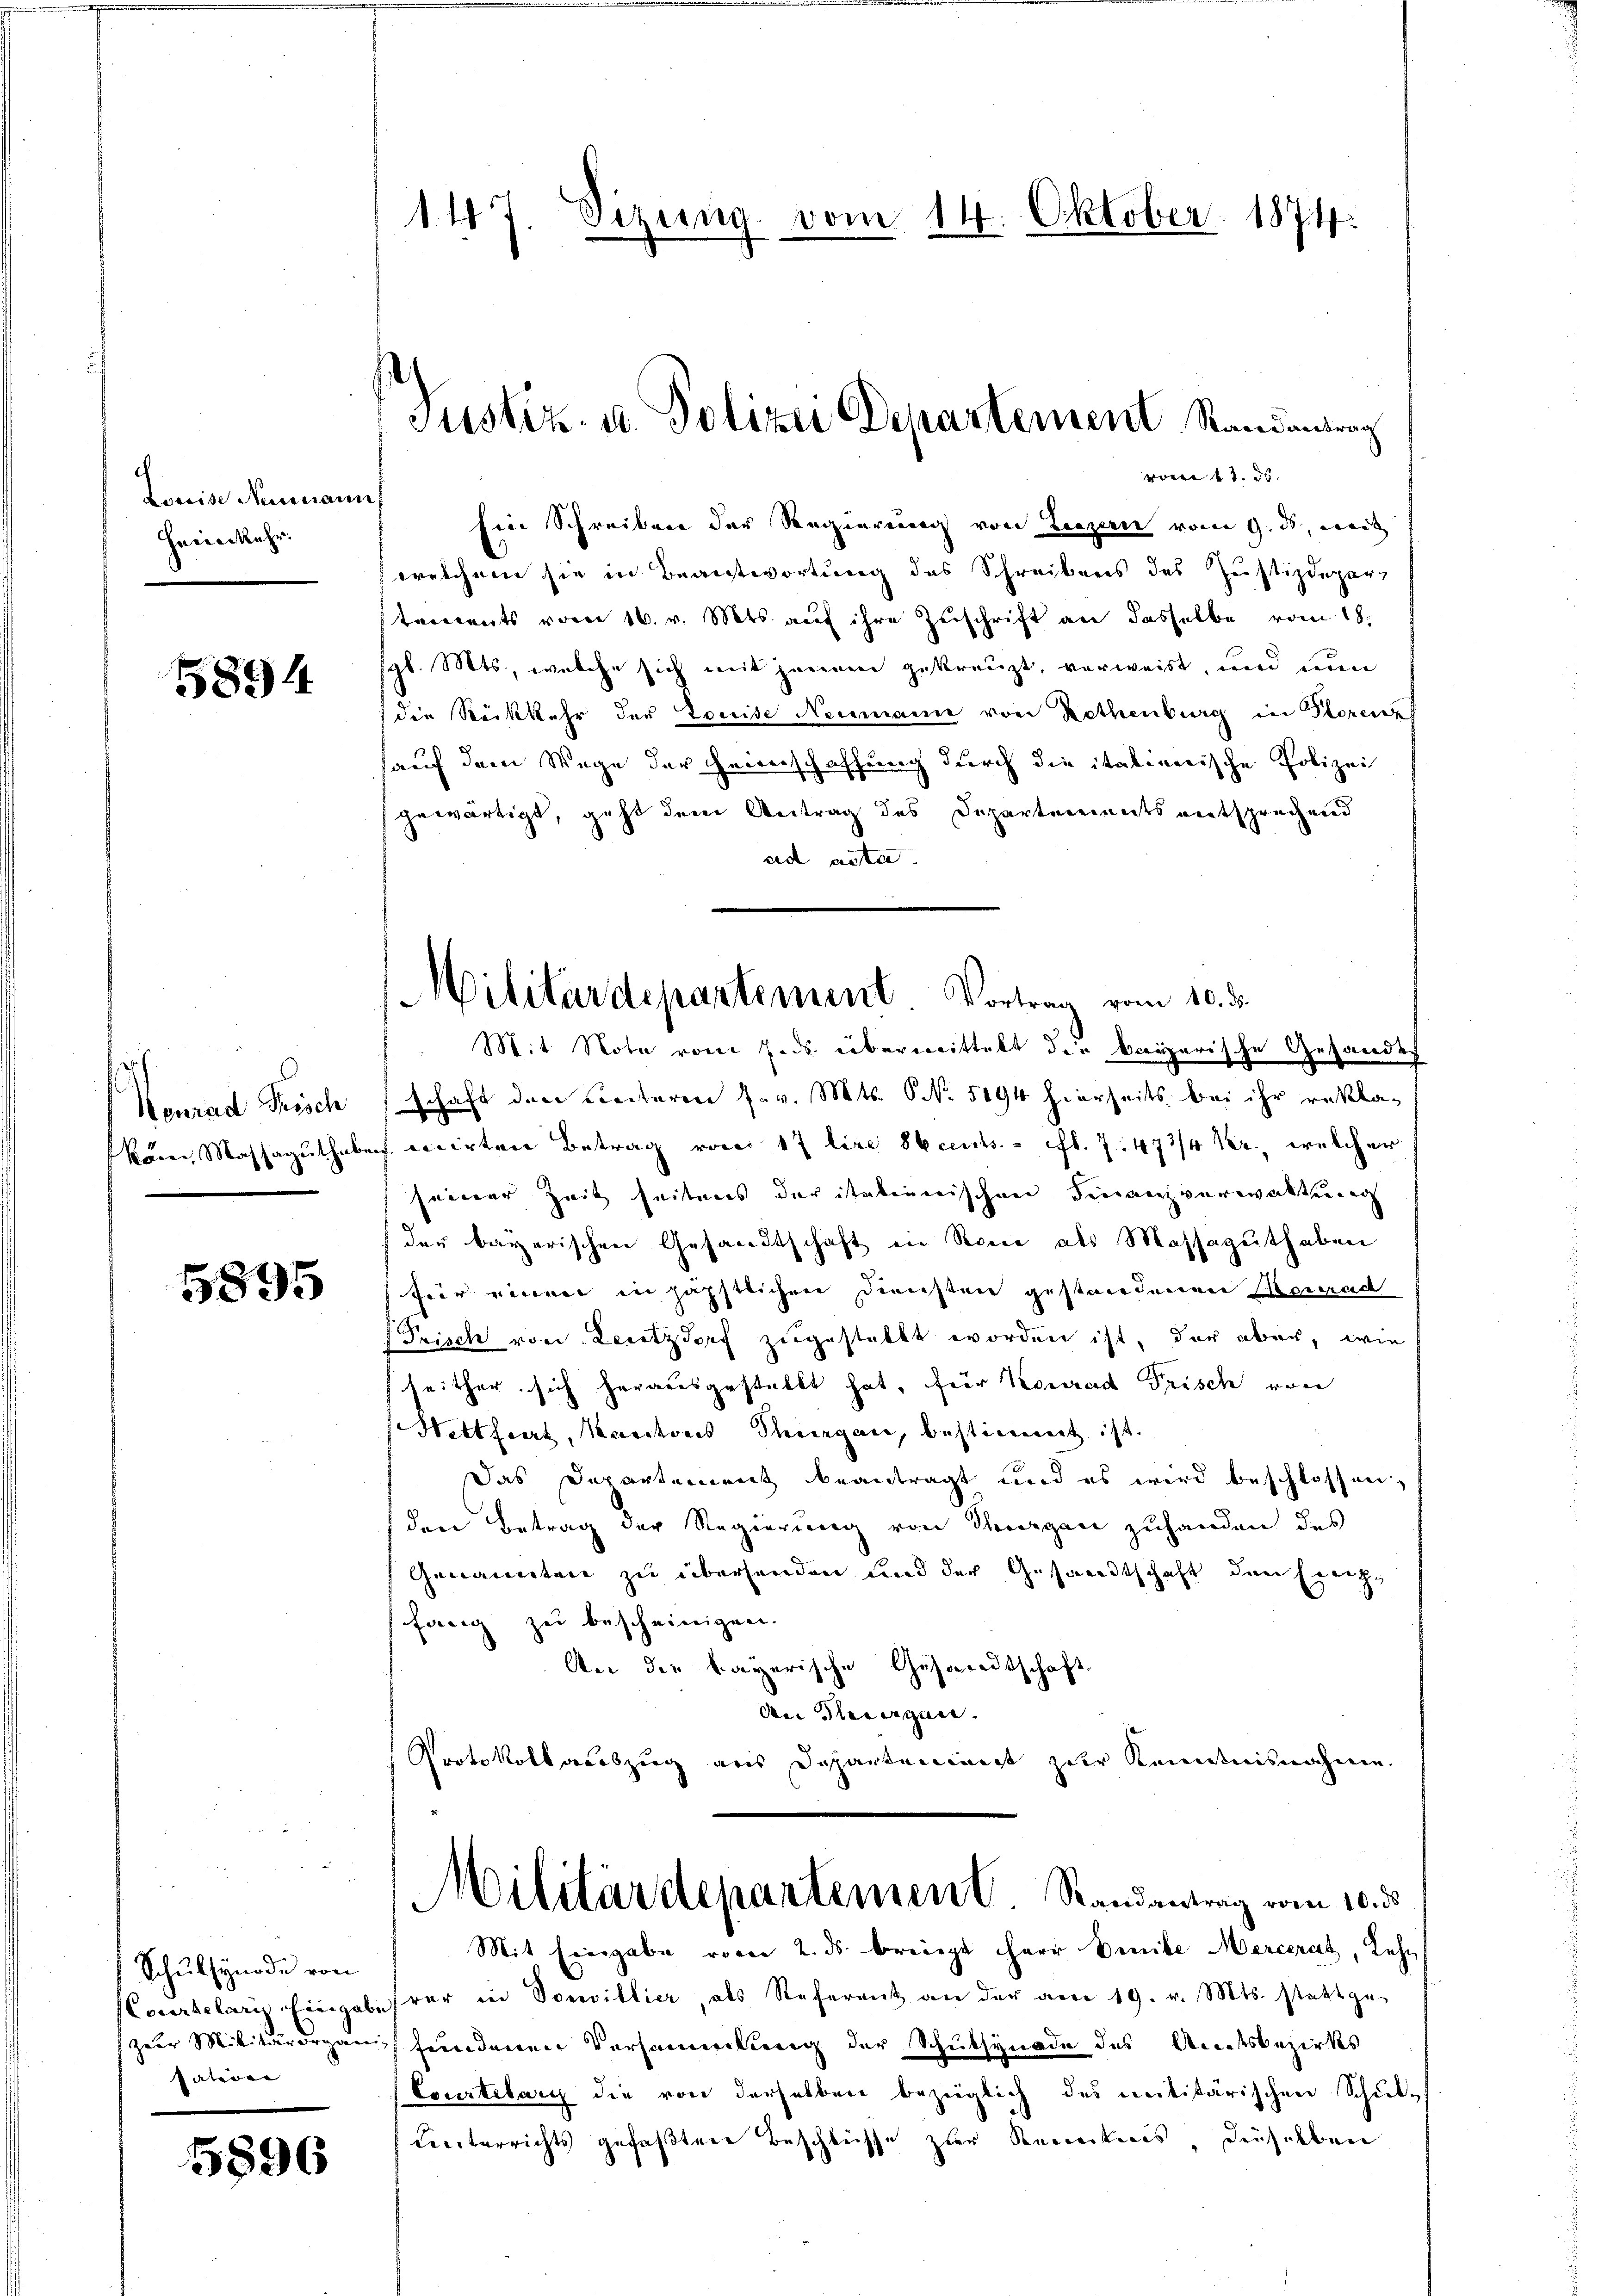
Lorise Neumann
Heimkehr.

5894

h
Konrad Frisch
kön, Massaguthabe

5895

Schulsynode von
Courtelaris Eingabe
zur Militärorgani-
sation |

5896

147. Sizung vom 14. Oktober 1874.

Justiz- u. Polizei Departement Randantrag

vom 11. ds.
Ein Schreiben der Regierung von Luzern vom 9. ds, weit
welchem sie in Beantwortung des Schreibens des Justizdepar
tements vom 16. v. Mts. auf ihre Zuschrift an dasselbe vom 18.
gl. Mts., welche sich mit jenem gekreuzt, verweist, und nun
die Rückkehr der Louise Neumann von Rethenburg in Florenz
sauf dem Wege der Heimschaffung durch die italienische Polizei
gewärtigt, geht dem Antrag des Departariats entsprechend
ad acta.
Mit Note vom 7. ds. übermittelt die beizerische Gesandes
schaft den Lectoren J. v. Mts. N. 5194 hierseits bei ihr rekla-
ccirten Betrag von 17 lire Scents. fl. 7. 473/4 Kr., welcher
seiner Zeit seitens der italinerischen Finanzverwaltung
der bayerischen Gesandtschaft in Scene als Massaguthaben
für einen in päpstlichen Diensten gestandenen Besand
Prisch von Lecetzdorf zugestellt worden ist, der aber, wie
seither sich herausgestellt hat, für Konrad Frisch von
Hettheit, Kantons Thurgau, bestimmt ist.
Das Departement beantragt und es wird beschlossen,
den Betrag der Regierung von Thurgau zuhanden des
Genannten zu übersenden und der Gesandtschaft den Ereigfang zu bescheinigen.
An die bayerische Gesandtschaft
An Tagen.
Protokollaceszug aus Departeniret zur Kenntnisnahme.

Militärdepartement. Vortrag vom 10. ds.

Militärdepartement. Randantrag vom 10. d.

Mit Eingabe vom 2. ds. bringt Herr Denke Mercerat, Lehr
var in Souvillier, als Referent an der am 19. v. Mts. stattge-
fundenen Versammlung der Schulsynade des Amtsbezirks
Courtelary die von derselben bezüglich des intitärischen Schul¬
Kerterrichts gefaßten Beschlüsse zur Kenntnis dieselben